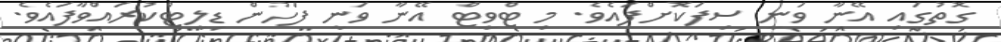
ގޮތުގައި އޭނާ ވަނީ ސިފަކޮށްފައެވެ. މި ޓްވީޓް އޭނާ ވަނީ ފަހުން ޑިލީޓްކުރައްވާފައެވެ.